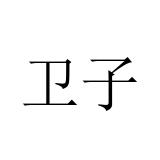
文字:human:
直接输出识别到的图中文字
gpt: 卫子